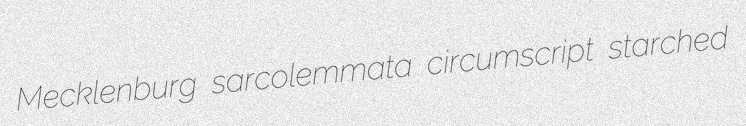
Mecklenburg sarcolemmata circumscript starched